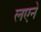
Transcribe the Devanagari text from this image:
लएने